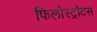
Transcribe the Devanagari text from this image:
फिलोस्ट्रॉटस